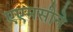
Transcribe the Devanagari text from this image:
एएमसीने